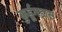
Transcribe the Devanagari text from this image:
कुर्डूगडास